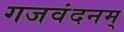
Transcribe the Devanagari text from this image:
गजवंदनम्